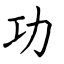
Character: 功